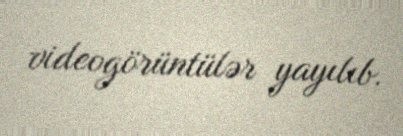
videogörüntülər yayılıb.